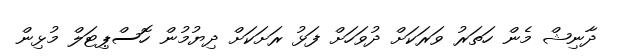
ދާނިޝް މެން ހަތަރު ވަރަކަށް ދުވަހަށް ފަޅު ރަށަކަށް ދިޔުމުން ހޮސްޕިޓަލް މުޅިން